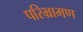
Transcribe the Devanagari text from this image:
परिभ्रामण